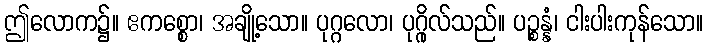
ဤလောက၌။ ဧကစ္စော၊ အချို့သော။ ပုဂ္ဂလော၊ ပုဂ္ဂိုလ်သည်။ ပဉ္စန္နံ၊ ငါးပါးကုန်သော။